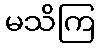
မသိကြ